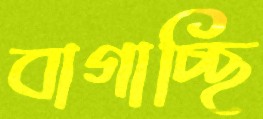
বাগাচ্ছি